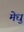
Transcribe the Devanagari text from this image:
मेधु